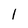
Character: 1